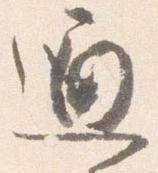
通